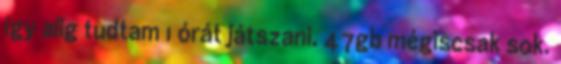
így alig tudtam 1 órát játszani. 47gb mégiscsak sok.